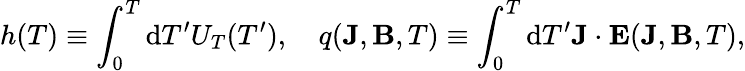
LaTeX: h(T)\equiv\int_{0}^{T}\mathrm{d}T^{\prime}U_{T}(T^{\prime}),\quad q(\textbf{J},\textbf{B},T)\equiv\int_{0}^{T}\mathrm{d}T^{\prime}\textbf{J}\cdot\textbf{E}(\textbf{J},\textbf{B},T),